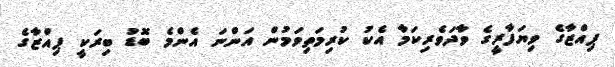
ޕިއްޒާގެ ވިޔަފާރީގެ ވާދަވެރިކަމާ އެކު ކުރިމަތިވަމުން އަންނަ އެންމެ ބޮޑު ބިރަކީ ޕިއްޒާގެ